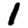
Digit: 1